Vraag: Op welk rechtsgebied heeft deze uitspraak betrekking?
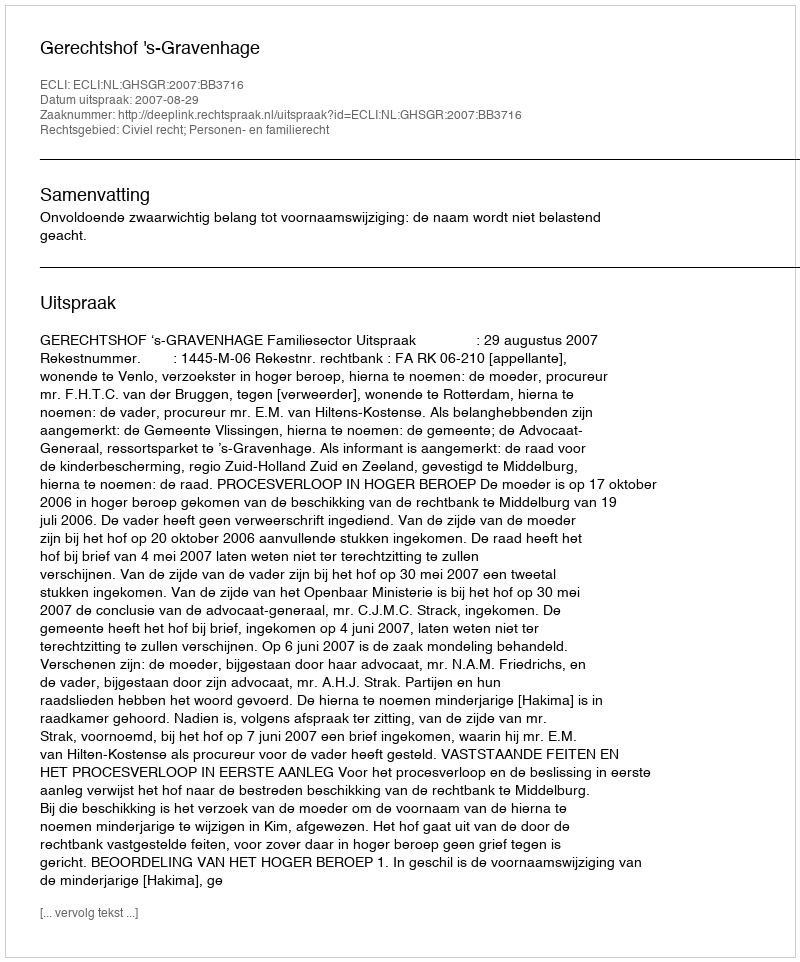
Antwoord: Civiel recht; Personen- en familierecht